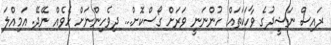
ރައިސް ނަޝީދުގެ ވާހަކަތައް ހުންނަނީ ވަރަށް ގޯސްކޮށް... ދިވެހިންނަށް ހެވެއް ނޭދޭ. އަމިއްލަ